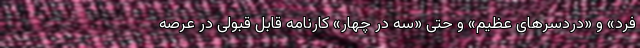
فرد» و «دردسرهای عظیم» و حتی «سه در چهار» کارنامه قابل قبولی در عرصه